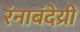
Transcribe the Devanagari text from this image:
रंनाबंदेय्री